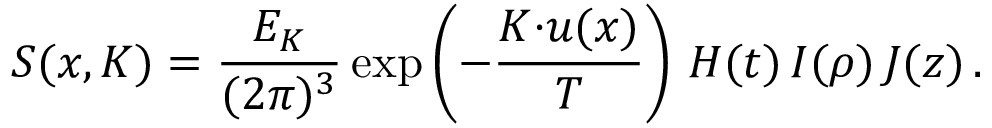
S ( x , K ) = \frac { E _ { K } } { ( 2 \pi ) ^ { 3 } } \exp \left( - \frac { K { \cdot } u ( x ) } { T } \right) \, H ( t ) \, I ( \rho ) \, J ( z ) \, .